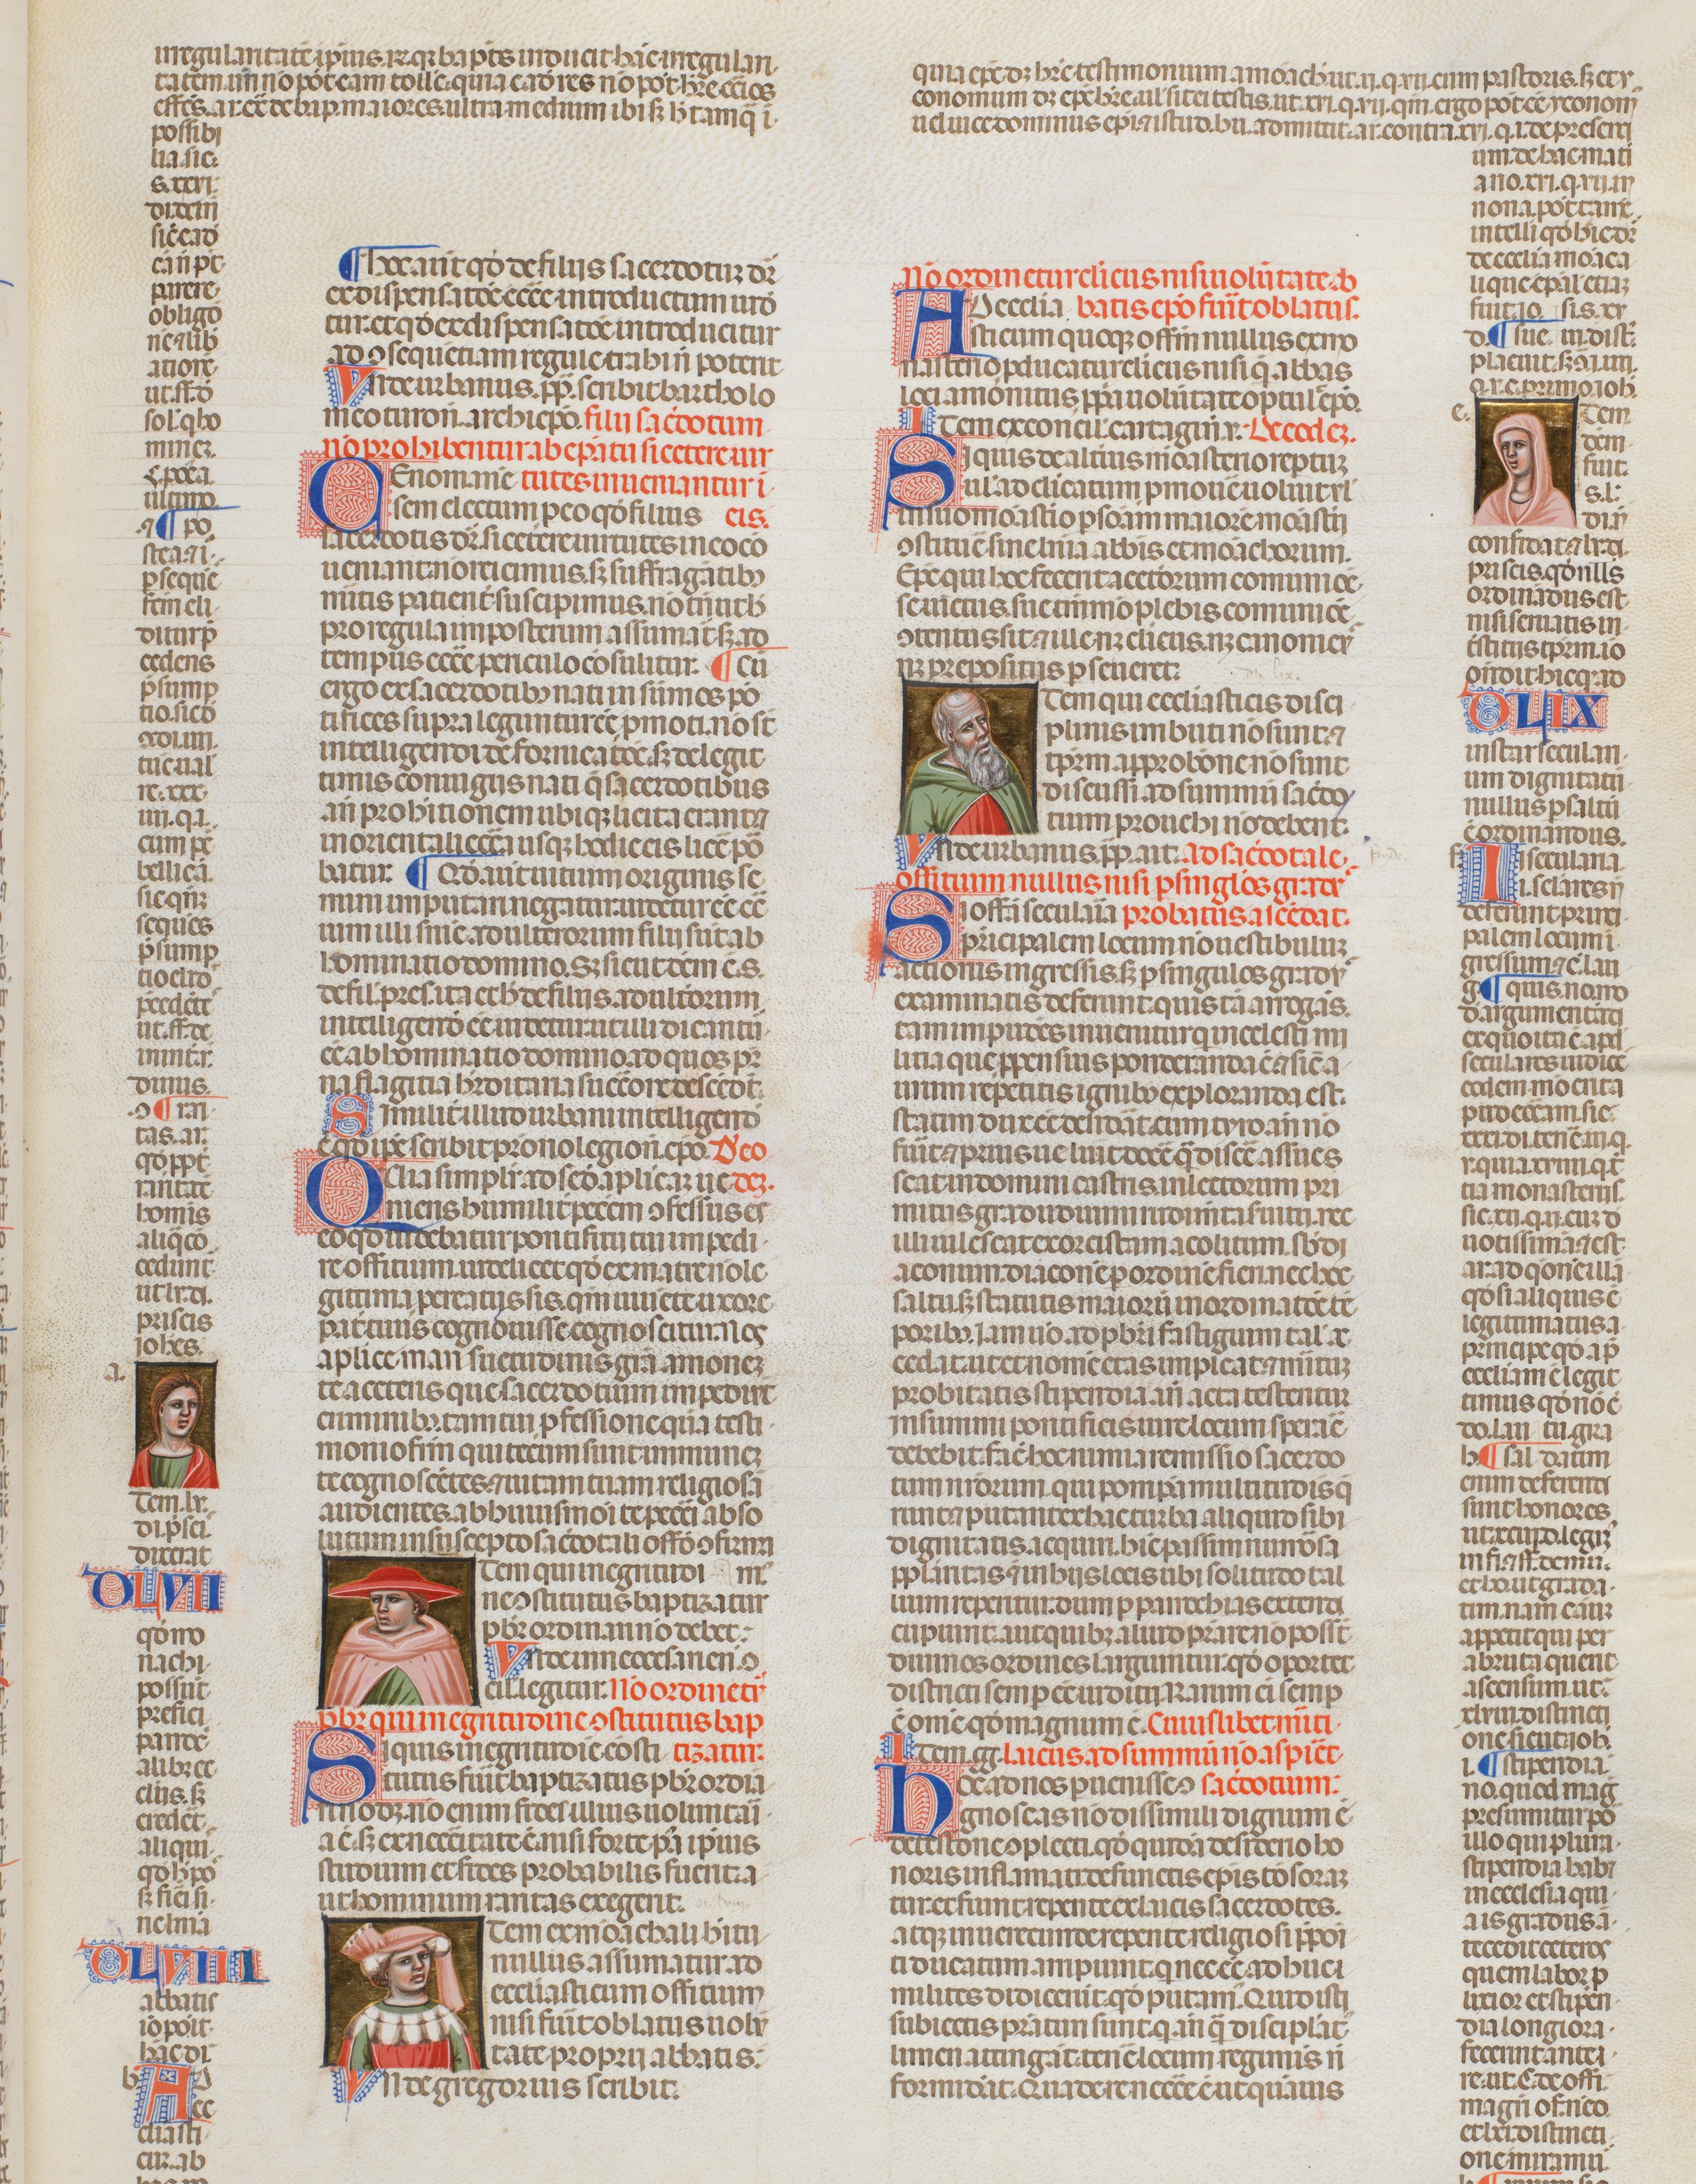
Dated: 1340–1350